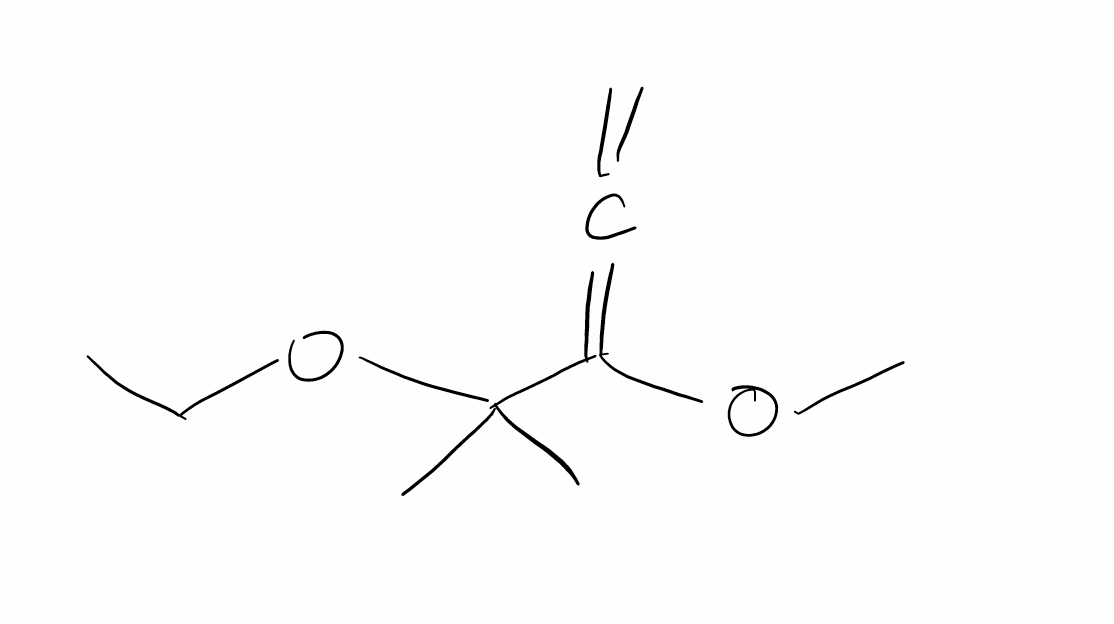
Simplified molecular-input line-entry system (SMILES) notation of the given molecule:
CC(=O)OC(C)(C)C(=C=C)OC